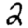
Digit: 2